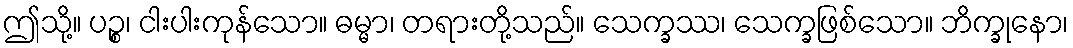
ဤသို့။ ပဉ္စ၊ ငါးပါးကုန်သော။ ဓမ္မာ၊ တရားတို့သည်။ သေက္ခဿ၊ သေက္ခဖြစ်သော။ ဘိက္ခုနော၊